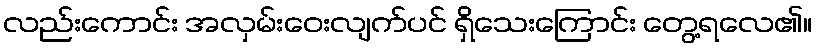
လည်းကောင်း အလှမ်းဝေးလျက်ပင် ရှိသေးကြောင်း တွေ့ရလေ၏။